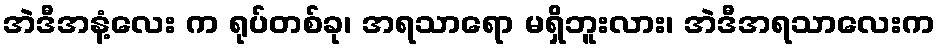
အဲဒီအနံ့လေး က ရုပ်တစ်ခု၊ အရသာရော မရှိဘူးလား၊ အဲဒီအရသာလေးက